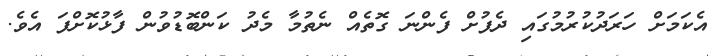
އެކަމަށް ހަރަދުކުރުމުގައި ދެފުށް ފެންނަ ގޮތެއް ނެތުމާ މެދު ކަންބޮޑުވުން ފާޅުކޮށްފަ އެވެ.